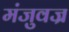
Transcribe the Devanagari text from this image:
मंजुवज्र